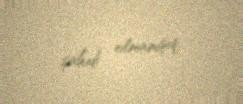
şahidi olmamışıq.